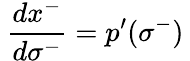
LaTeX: \: \frac{dx^{-}}{d\sigma^{-}}=p^{\prime}(\sigma^{-})\: